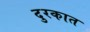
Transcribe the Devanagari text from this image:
दुरकात